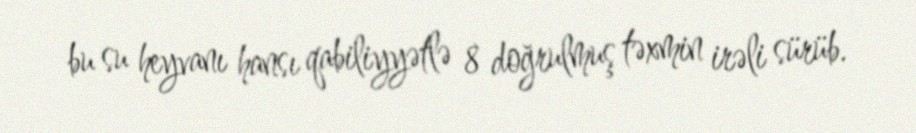
bu su heyvanı hansı qabiliyyətlə 8 doğrulmuş təxmin irəli sürüb.